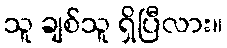
သူ ချစ်သူ ရှိပြီလား။